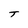
Character: T